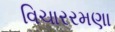
વિચારરમણા